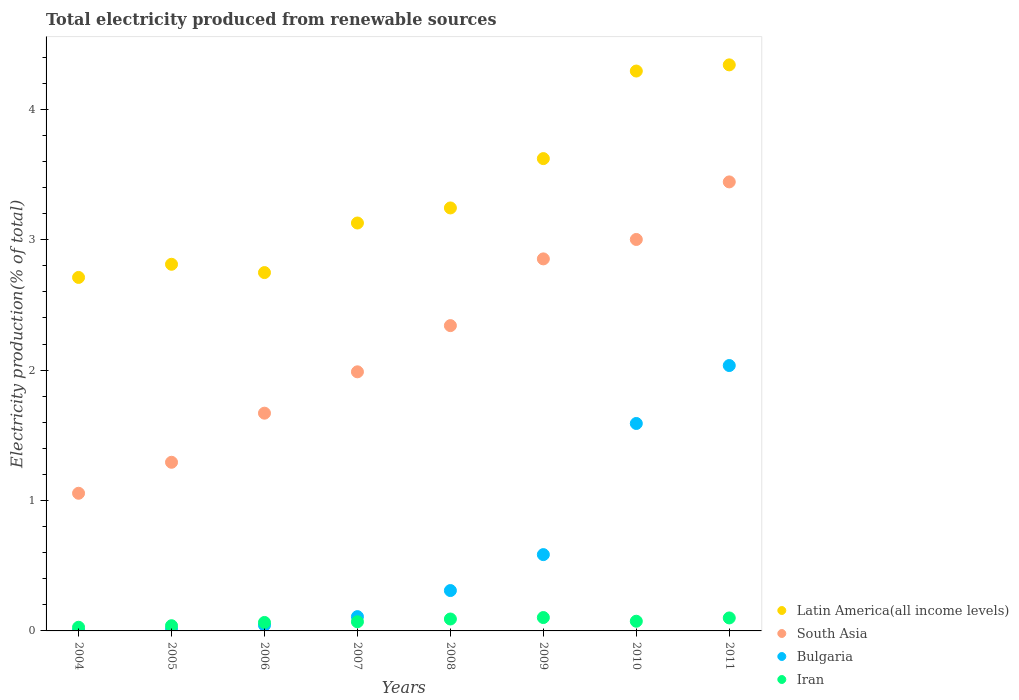
| Years | Latin America(all income levels) | South Asia | Bulgaria | Iran |
 | --- | --- | --- | --- | --- |
 | 2004 | 2.71 | 1.06 | 0.00241 | 0.0282 |
 | 2005 | 2.81 | 1.29 | 0.0114 | 0.0399 |
 | 2006 | 2.75 | 1.67 | 0.044 | 0.0649 |
 | 2007 | 3.13 | 1.99 | 0.109 | 0.0701 |
 | 2008 | 3.24 | 2.34 | 0.31 | 0.0914 |
 | 2009 | 3.62 | 2.85 | 0.585 | 0.103 |
 | 2010 | 4.29 | 3 | 1.59 | 0.0743 |
 | 2011 | 4.34 | 3.44 | 2.04 | 0.0996 |